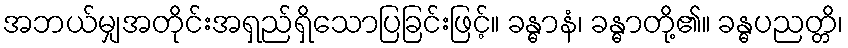
အဘယ်မျှအတိုင်းအရှည်ရှိသောပြခြင်းဖြင့်။ ခန္ဓာနံ၊ ခန္ဓာတို့၏။ ခန္ဓပညတ္တိ၊